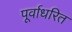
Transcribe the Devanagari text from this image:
पूर्वाधरित